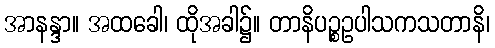
အာနန္ဒာ။ အထခေါ၊ ထိုအခါ၌။ တာနိပဉ္စဥပါသကသတာနိ၊